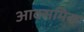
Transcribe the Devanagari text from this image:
आक्समिक